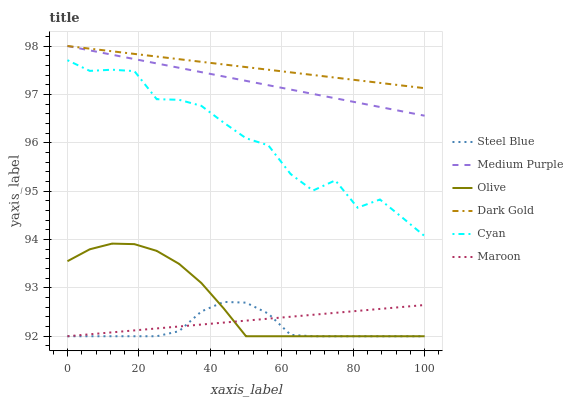
| xaxis_label | Steel Blue | Medium Purple | Olive | Dark Gold | Cyan | Maroon |
 | --- | --- | --- | --- | --- | --- | --- |
 | 0 | 92 | 98 | 93.6 | 98 | 97.7 | 92 |
 | 6.25 | 92 | 97.9 | 93.8 | 97.9 | 97.5 | 92 |
 | 12.5 | 92 | 97.8 | 93.9 | 97.9 | 97.5 | 92.1 |
 | 18.8 | 92 | 97.7 | 93.9 | 97.8 | 97.5 | 92.1 |
 | 25 | 92 | 97.6 | 93.8 | 97.8 | 96.9 | 92.2 |
 | 31.2 | 92.1 | 97.5 | 93.5 | 97.7 | 96.9 | 92.2 |
 | 37.5 | 92.5 | 97.5 | 93.1 | 97.7 | 96.8 | 92.2 |
 | 43.8 | 92.7 | 97.4 | 92.6 | 97.6 | 96.4 | 92.3 |
 | 50 | 92.7 | 97.3 | 92 | 97.6 | 96.1 | 92.3 |
 | 56.2 | 92.5 | 97.2 | 92 | 97.5 | 95.9 | 92.4 |
 | 62.5 | 92 | 97.1 | 92 | 97.5 | 95.4 | 92.4 |
 | 68.8 | 92 | 97 | 92 | 97.4 | 95 | 92.4 |
 | 75 | 92 | 96.9 | 92 | 97.3 | 95.2 | 92.5 |
 | 81.2 | 92 | 96.8 | 92 | 97.3 | 94.7 | 92.5 |
 | 87.5 | 92 | 96.7 | 92 | 97.2 | 94.8 | 92.6 |
 | 93.8 | 92 | 96.6 | 92 | 97.2 | 94.5 | 92.6 |
 | 100 | 92 | 96.6 | 92 | 97.1 | 94.1 | 92.6 |